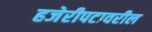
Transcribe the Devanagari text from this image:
हजेरीपटावरील